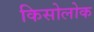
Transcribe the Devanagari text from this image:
किसोलोक